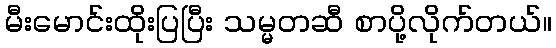
မီးမောင်းထိုးပြပြီး သမ္မတဆီ စာပို့လိုက်တယ်။